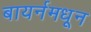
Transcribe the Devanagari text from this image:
बायर्नमधून